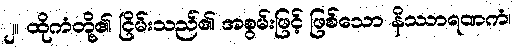
၂။ ထိုကံတို့၏ ငြိမ်းသည်၏ အစွမ်းဖြင့် ဖြစ်သော နိဿာရဏကံ၊